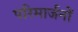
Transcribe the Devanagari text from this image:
परिमार्जनों